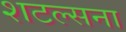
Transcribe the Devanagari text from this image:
शटल्सना